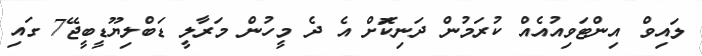
ލައިވް އިންޓަވިއުއެއް ކުރަމުން ދަނިކޮަށް އެ ދެ މީހުން މަރާލީ ޑަބްލިޔޫޑީބީޖޭ7 ގައި